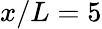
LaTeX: x/L=5